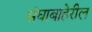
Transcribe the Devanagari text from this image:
संघाबाहेरील